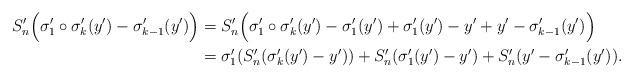
LaTeX: \begin{align*}S_n' \Big( \sigma'_1 \circ \sigma'_k(y') - \sigma_{k-1}'(y') \Big) &= S_n' \Big( \sigma'_1 \circ \sigma'_k(y') - \sigma'_1(y') + \sigma'_1(y') - y' + y' - \sigma_{k-1}'(y') \Big) \\&= \sigma'_1 (S_n' (\sigma'_k(y') - y')) + S_n' (\sigma'_1(y') - y') + S_n' (y' - \sigma_{k-1}'(y')).\end{align*}